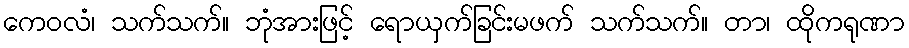
ကေဝလံ၊ သက်သက်။ ဘုံအားဖြင့် ရောယှက်ခြင်းမဖက် သက်သက်။ တာ၊ ထိုကရုဏာ